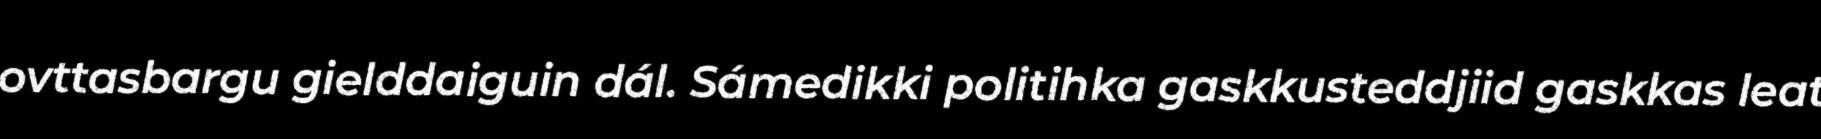
ovttasbargu gielddaiguin dál. Sámedikki politihka gaskkusteddjiid gaskkas leat